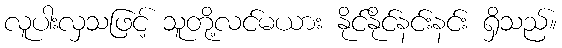
လူပါးလှသဖြင့် သူတို့လင်မယား နိုင်နိုင်နင်းနင်း ရှိသည်။